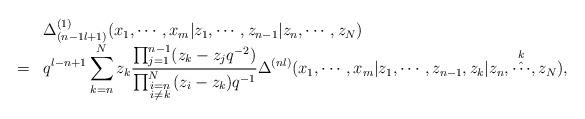
LaTeX: \begin{align*}\begin{array}{cl}&\Delta_{(n-1 l+1)}^{(1)}(x_1,\cdots,x_m|z_1,\cdots,z_{n-1}|z_n,\cdots,z_N) \\=&\displaystyle q^{l-n+1}\sum_{k=n}^{N} z_k\frac{\prod_{j=1}^{n-1}(z_k-z_j q^{-2})}{\prod_{\scriptstyle{i=n}\atop \scriptstyle{i\ne k}}^{N} (z_i-z_k)q^{-1}}\Delta^{(n l)}(x_1,\cdots,x_m|z_1,\cdots, z_{n-1},z_k|z_{n},\mathop{\hat{\cdots}}^{k},z_N), \end{array}\end{align*}